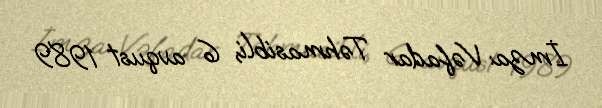
İmza: Vəfadar Təhmasibli, 6 avqust 1989